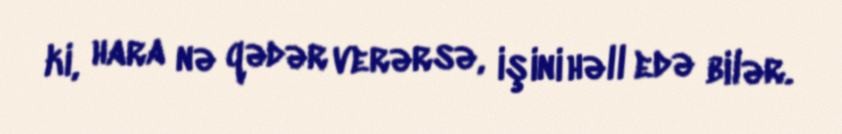
ki, hara nə qədər verərsə, işini həll edə bilər.